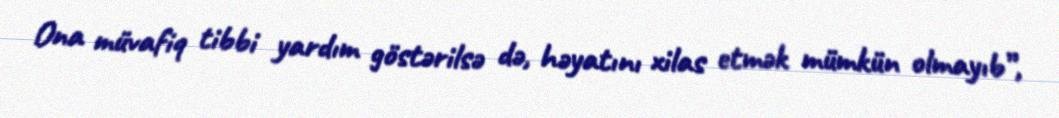
Ona müvafiq tibbi yardım göstərilsə də, həyatını xilas etmək mümkün olmayıb”,